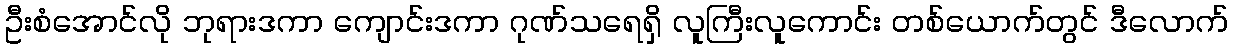
ဦးစံအောင်လို ဘုရားဒကာ ကျောင်းဒကာ ဂုဏ်သရေရှိ လူကြီးလူကောင်း တစ်ယောက်တွင် ဒီလောက်